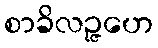
စာခိလဉ္ဇဟေ